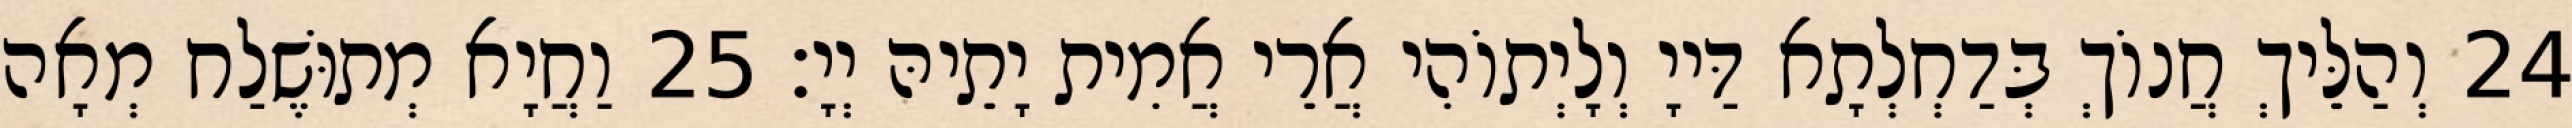
24 וְהַלֵּיךְ חֲנוֹךְ בְּדַחְלְתָא דַּייָ וְלָיְתוֹהִי אֲרֵי אֲמִית יָתֵיהּ יְיָ׃ 25 וַחֲיָא מְתוּשֶׁלַח מְאָה